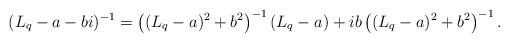
LaTeX: \begin{align*}(L_q-a-bi)^{-1}=\left((L_q-a)^2+b^2\right)^{-1}(L_q-a)+ib\left((L_q-a)^2+b^2\right)^{-1}.\end{align*}